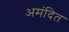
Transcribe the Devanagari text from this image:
अमंदित